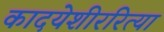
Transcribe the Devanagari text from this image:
कादयेशीररित्या